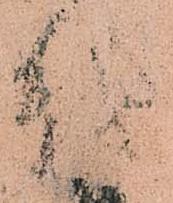
越